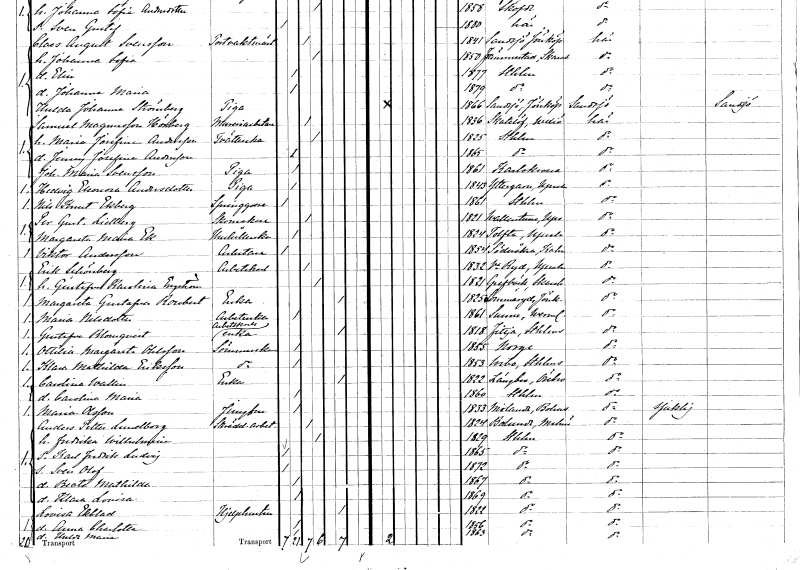
gt_parse: households: individuals: FN: Samuel
EN: Magnusson Hörberg
YRKE: Mureriarbetare
KON: M
CIV: G
FODAR: 1836
FODFORS: Skatelöv Kronobergs län
FN: Maria Josefina
EN: Andersson
YRKE: Tvätterska
KON: K
CIV: G
FODAR: 1825
FODFORS: Stockholm
FN: Jenny Josefina
EN: Andersson
KON: K
CIV: O
FODAR: 1865
FODFORS: Stockholm
FN: Johanna Maria
EN: Svensson
YRKE: Piga
KON: K
CIV: O
FODAR: 1861
FODFORS: Karlskrona Blekinge län
FN: Hedvig Eleonora
EN: Andersdotter
YRKE: Piga
KON: K
CIV: O
FODAR: 1843
FODFORS: Yttergran Uppsala län
FN: Nils Knut
EN: Ekberg
YRKE: Springgosse
KON: M
CIV: O
FODAR: 1861
FODFORS: Stockholm
FN: Per Gustaf
EN: Lidberg
YRKE: Skomakare
KON: M
CIV: G
FODAR: 1821
FODFORS: Vallentuna Stockholms län
FN: Margareta Maria
EN: Ek
YRKE: Hushållerska
KON: K
CIV: O
FODAR: 1824
FODFORS: Tolfta Uppsala län
FN: Viktor
EN: Andersson
YRKE: Arbetare
KON: M
CIV: O
FODAR: 1854
FODFORS: Söderåkra Kalmar län
FN: Erik
EN: Schönberg
YRKE: Arbetskarl
KON: M
CIV: G
FODAR: 1832
FODFORS: Västra Ryd Stockholms län
FN: Gustafva Karolina
EN: Engström
KON: K
CIV: G
FODAR: 1821
FODFORS: Grevbäck Skaraborgs län
FN: Margareta Gustafva
EN: Roubert
YRKE: Änka
KON: K
CIV: E
FODAR: 1825
FODFORS: Lommaryd Jönköpings län
FN: Maria
EN: Nilsdotter
YRKE: Arbeterska
KON: K
CIV: O
FODAR: 1861
FODFORS: Sunne Värmlands län
FN: Gustafva
EN: Blomqvist
YRKE: Arbetskarlsänka
KON: K
CIV: E
FODAR: 1818
FODFORS: Fittja Uppsala län
FN: Ottilia Margareta
EN: Ohlsson
YRKE: Sömmerska
KON: K
CIV: O
FODAR: 1855
FN: Klara Mathilda
EN: Eriksson
YRKE: Sömmerska
KON: K
CIV: O
FODAR: 1853
FODFORS: Vidbo Stockholms län
FN: Carolina
EN: Wallin
YRKE: Änka
KON: K
CIV: E
FODAR: 1822
FODFORS: Längbro Örebro län
FN: Carolina Maria
KON: K
CIV: O
FODAR: 1860
FODFORS: Stockholm
FN: Maria
EN: Olsson
YRKE: Jungfru
KON: K
CIV: O
FODAR: 1833
FODFORS: Morlanda Göteborgs- och Bohuslän
FN: Anders Petter
EN: Lundberg
YRKE: Skrädderiarbetare
KON: M
CIV: G
FODAR: 1824
FODFORS: Borlunda Malmöhus län
FN: Fredrika Wilhelmina
KON: K
CIV: G
FODAR: 1829
FODFORS: Stockholm
FN: Karl Fredrik Ludvig
KON: M
CIV: O
FODAR: 1865
FODFORS: Stockholm
FN: Sven Olof
KON: M
CIV: O
FODAR: 1872
FODFORS: Stockholm
FN: Beata Mathilda
KON: K
CIV: O
FODAR: 1867
FODFORS: Stockholm
FN: Klara Lovisa
KON: K
CIV: O
FODAR: 1869
FODFORS: Stockholm
FN: Lovisa
EN: Ekblad
YRKE: Hjälphustru
KON: K
CIV: E
FODAR: 1822
FODFORS: Stockholm
FN: Anna Charlotta
KON: K
CIV: O
FODAR: 1856
FODFORS: Stockholm
FN: Hulda Maria
KON: K
CIV: O
FODAR: 1863
FODFORS: Stockholm